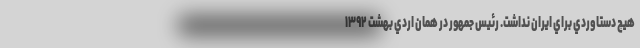
هيچ دستاوردي براي ايران نداشت. رئيس جمهور در همان اردي بهشت ۱۳۹۲